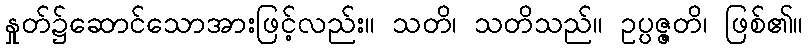
နှုတ်၌ဆောင်သောအားဖြင့်လည်း။ သတိ၊ သတိသည်။ ဥပ္ပဇ္ဇတိ၊ ဖြစ်၏။